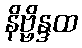
နိဗ္ဗိန္ဒထ